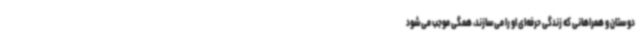
دوستان و همراهانی که زندگی حرفه‌ای او را می‌سازند، همگی موجب می‌شود